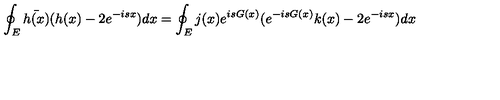
\oint _ { E } \bar { h ( x ) } ( h ( x ) - 2 e ^ { - i s x } ) d x = \oint _ { E } j ( x ) e ^ { i s G ( x ) } ( e ^ { - i s G ( x ) } k ( x ) - 2 e ^ { - i s x } ) d x